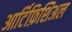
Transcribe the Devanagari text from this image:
आर्टिफ़िशिअल